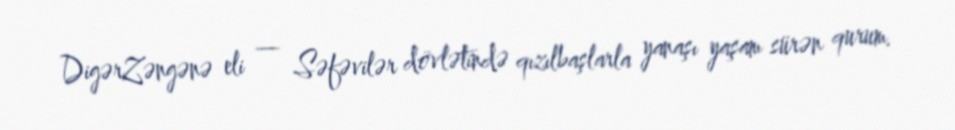
DigərZəngənə eli — Səfəvilər dövlətində qızılbaşlarla yanaşı yaşam sürən qurum.